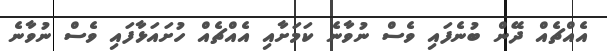
އެއްޗެއް ދޭން ބުނެފައި ވެސް ނުވާނެ ކަމަށާއި އެއްޗެއް ހުށައަޅާފައި ވެސް ނުވާނެ